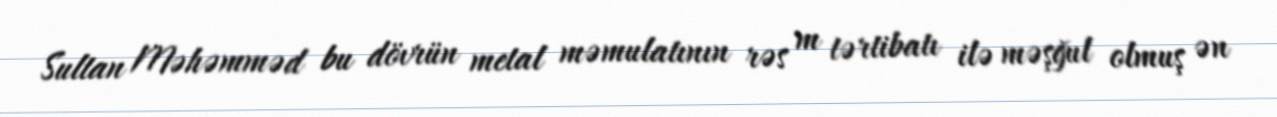
Sultan Məhəmməd bu dövrün metal məmulatının rəs m tərtibatı ilə məşğul olmuş ən